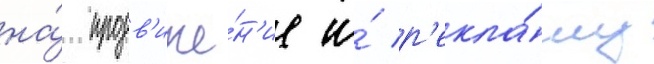
на́ продв'иже́н'ие и́ р'екла́му